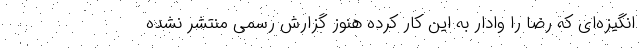
انگیزه‌ای که رضا را وادار به این کار کرده هنوز گزارش رسمی منتشر نشده